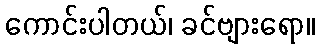
ကောင်းပါတယ်၊ ခင်ဗျားရော။